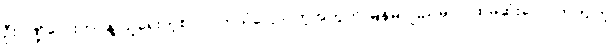
ဦးပဏ္ဍိလေးဘဝနဲ့ သူရေးတဲ့စာ လက်သံပြောင်တဲ့အတွက် မြန်မာပြည်မှာ ပထမဆုံးလောက်ကျတဲ့